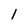
Character: 1